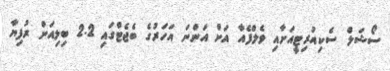
ސޯޝަލް ސެކިއުރިޓީއަށާއި ވެލްފެއާ އަށް އަންނަ އަހަރުގެ ބެޖެޓްގައި 2.2 ބިލިއަން ރުފިޔާ